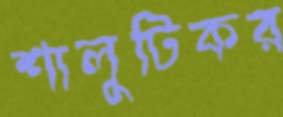
শালুটিকর